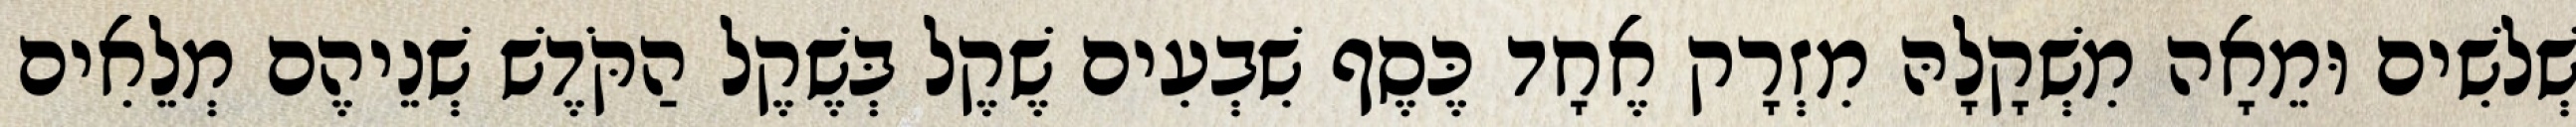
שְׁלשִׁים וּמֵאָה מִשְׁקָלָהּ מִזְרָק אֶחָד כֶּסֶף שִׁבְעִים שֶׁקֶל בְּשֶׁקֶל הַקֹּדֶשׁ שְׁנֵיהֶם מְלֵאִים